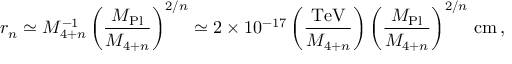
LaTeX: r _ { n } \simeq M _ { 4 + n } ^ { - 1 } \left( \frac { M _ { \mathrm { P l } } } { M _ { 4 + n } } \right) ^ { 2 / n } \simeq 2 \times 1 0 ^ { - 1 7 } \left( \frac { \mathrm { T e V } } { M _ { 4 + n } } \right) \left( \frac { M _ { \mathrm { P l } } } { M _ { 4 + n } } \right) ^ { 2 / n } \, \mathrm { c m } \, ,